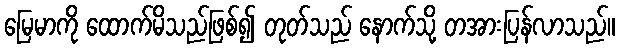
မြေမာကို ထောက်မိသည်ဖြစ်၍ တုတ်သည် နောက်သို့ တအားပြန်လာသည်။